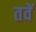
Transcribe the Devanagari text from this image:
तवें